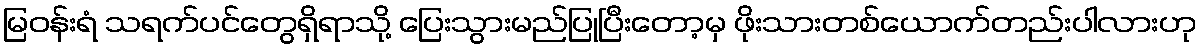
မြဝန်းရံ သရက်ပင်တွေရှိရာသို့ ပြေးသွားမည်ပြုပြီးတော့မှ ဖိုးသားတစ်ယောက်တည်းပါလားဟု